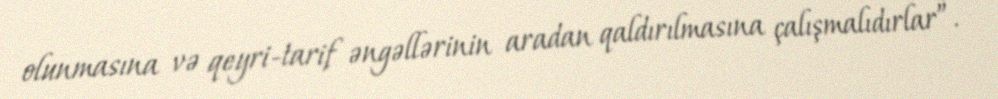
olunmasına və qeyri-tarif əngəllərinin aradan qaldırılmasına çalışmalıdırlar”.